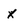
Character: x